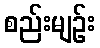
စည်းမျဉ်း